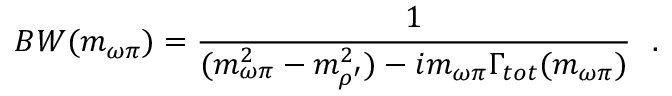
{ \cal B W } ( m _ { \omega \pi } ) = { \frac { 1 } { ( m _ { \omega \pi } ^ { 2 } - m _ { \rho ^ { \prime } } ^ { 2 } ) - i m _ { \omega \pi } \Gamma _ { t o t } ( m _ { \omega \pi } ) } } ~ ~ .